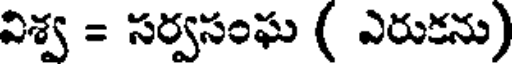
విశ్వ = సర్వసంఘ ( ఎరుకను)